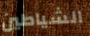
الشياطين